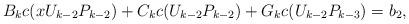
LaTeX: \begin{align*}B_kc(xU_{k-2}P_{k-2})+C_kc(U_{k-2}P_{k-2})+G_kc(U_{k-2}P_{k-3})=b_2,\end{align*}